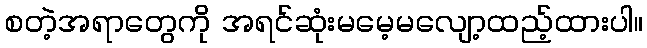
စတဲ့အရာတွေကို အရင်ဆုံးမမေ့မလျော့ထည့်ထားပါ။